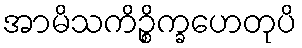
အာမိသကိဉ္စိက္ခဟေတုပိ